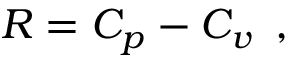
R = C _ { p } - C _ { v } \, \mathrm { ~ , ~ }